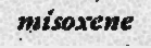
misoxene